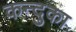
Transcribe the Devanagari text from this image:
कन्दुका